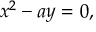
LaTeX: x ^ { 2 } - a y = 0 ,